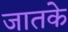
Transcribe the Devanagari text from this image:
जातके